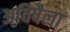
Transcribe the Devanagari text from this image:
अविषैला